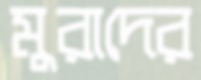
মুরাদের